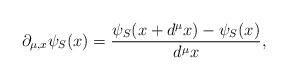
LaTeX: \begin{align*}\partial_{\mu,x}\psi_{S}(x)=\frac{\psi_{S}(x+d^{\mu}x) -\psi_{S}(x)}{d^{\mu}x},\end{align*}